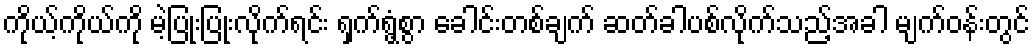
ကိုယ့်ကိုယ်ကို မဲ့ပြုံးပြုံးလိုက်ရင်း ရှက်ရွံ့စွာ ခေါင်းတစ်ချက် ဆတ်ခါပစ်လိုက်သည့်အခါ မျက်ဝန်းတွင်